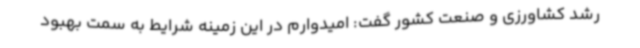
رشد کشاورزی و صنعت کشور گفت: امیدوارم در این زمینه شرایط به سمت بهبود